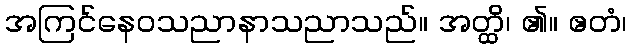
အကြင်နေဝသညာနာသညာသည်။ အတ္ထိ၊ ၏။ ဧတံ၊